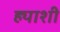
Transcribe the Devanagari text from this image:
ह्याशी